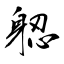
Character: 躵